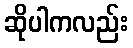
ဆိုပါကလည်း